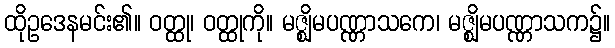
ထိုဥဒေနမင်း၏။ ဝတ္ထု၊ ဝတ္ထုကို။ မဇ္ဈိမပဏ္ဏာသကေ၊ မဇ္ဈိမပဏ္ဏာသက၌။